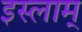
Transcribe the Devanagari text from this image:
इस्लाम्